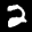
Label: 2